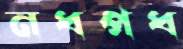
নধপধ